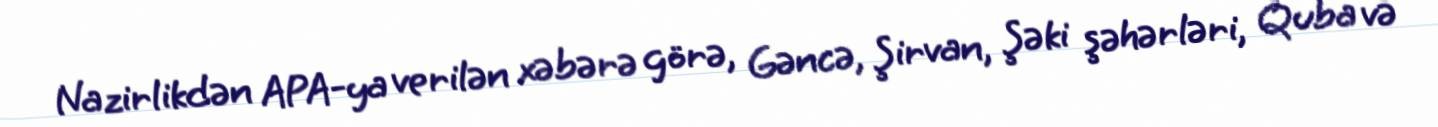
Nazirlikdən APA-ya verilən xəbərə görə, Gəncə, Şirvan, Şəki şəhərləri, Quba və